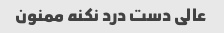
عالی دست درد نکنه ممنون